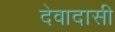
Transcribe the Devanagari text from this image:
देवादासी